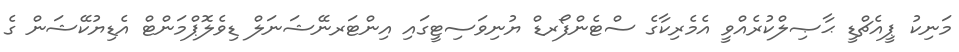
މަނިކު ޕީއެޗްޑީ ޙާޞިލްކުރެއްވީ އެމެރިކާގެ ސްޓެންފޯރޑް ޔުނިވަސިޓީގައި އިންޓަރނޭޝަނަލް ޑިވެލޮޕްމަންޓް އެޑިޔުކޭޝަން ގެ